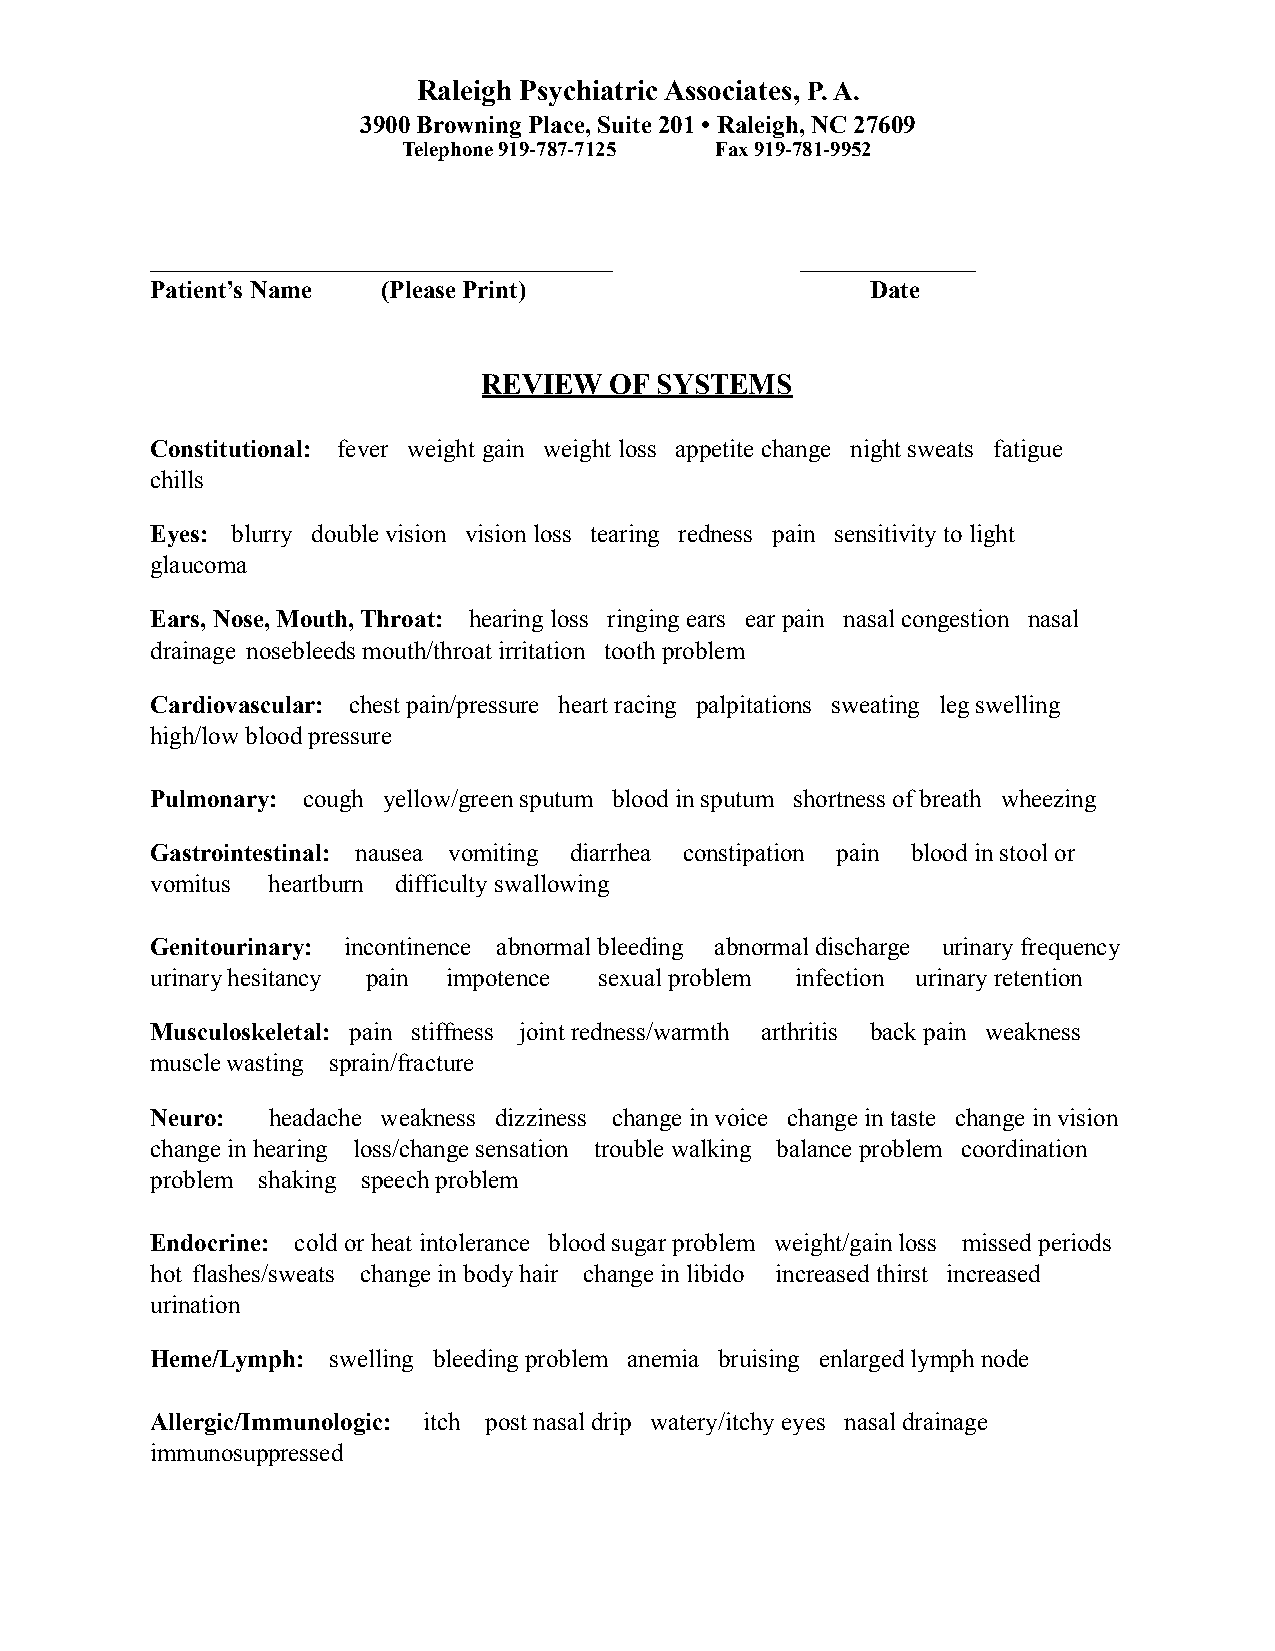
Raleigh Psychiatric Associates, P. A.
 3900 Browning Place, Suite 201 • Raleigh, NC 27609
 Telephone 919-787-7125 Fax 919-781-9952
 _____________________________________      ______________
 Patient’s Name (Please Print)                   Date
 REVIEW  OF SYSTEMS
 Constitutional: fever weight gain weight loss appetite change night sweats fatigue
 chills
 Eyes: blurry double vision vision loss tearing redness pain sensitivity to light
 glaucoma
 Ears, Nose, Mouth, Throat: hearing loss ringing ears ear pain nasal congestion nasal
 drainage nosebleeds mouth/throat irritation tooth problem
 Cardiovascular: chest pain/pressure heart racing palpitations sweating leg swelling
 high/low blood pressure
 Pulmonary: cough yellow/green sputum blood in sputum shortness of breath wheezing
 Gastrointestinal: nausea vomiting diarrhea constipation pain blood in stool or
 vomitus heartburn difficulty swallowing
 Genitourinary: incontinence abnormal bleeding abnormal discharge urinary frequency
 urinary hesitancy pain impotence sexual problem infection urinary retention
 Musculoskeletal: pain stiffness joint redness/warmth arthritis back pain weakness
 muscle wasting sprain/fracture
 Neuro:  headache weakness dizziness change in voice change in taste change in vision
 change in hearing loss/change sensation trouble walking balance problem coordination
 problem shaking speech problem
 Endocrine: cold or heat intolerance blood sugar problem weight/gain loss missed periods
 hot flashes/sweats change in body hair change in libido increased thirst increased
 urination
 Heme/Lymph: swelling bleeding problem anemia bruising enlarged lymph node
 Allergic/Immunologic: itch post nasal drip watery/itchy eyes nasal drainage
 immunosuppressed